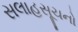
સલાહસૂચનો